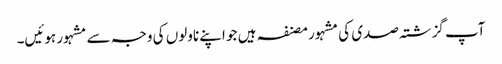
آپ گزشتہ صدی کی مشہور مصنفہ ہیں جو اپنے ناولوں کی وجہ سے مشہور ہوئیں۔